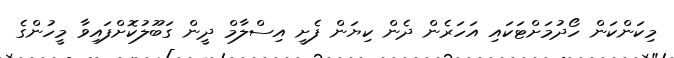
މިކަންކަން ހޯދުމަށްޓަކައި އަހަރެން ދެން ކިޔަން ފެށީ އިސްލާމް ދީން ގަބޫލުކޮށްފައިވާ މީހުންގެ